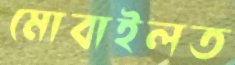
মোবাইলত